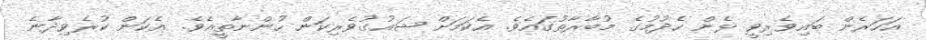
އަހަރެން ބައިވެރިވީ ޅެން ހެދުމުގެ މުބާރާތުގައެވެ. އެކަމަށް ޝައުގުވެރިކަން ހުންނާތީއެވެ. އެކަން ކުރެވިދާނެ